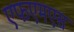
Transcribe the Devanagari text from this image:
एफएमएस